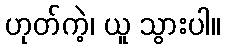
ဟုတ်ကဲ့၊ ယူ သွားပါ။